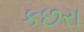
કછરા